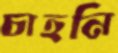
চাহনি